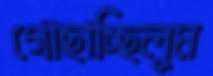
গোছাচ্ছিলুম